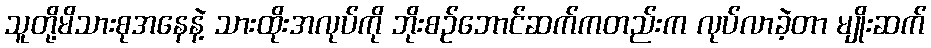
သူတို့မိသားစုအနေနဲ့ သားထိုးအလုပ်ကို ဘိုးစဉ်ဘောင်ဆက်ကတည်းက လုပ်လာခဲ့တာ မျိုးဆက်